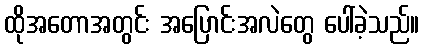
ထိုအတောအတွင်း အပြောင်းအလဲတွေ ပေါ်ခဲ့သည်။